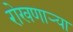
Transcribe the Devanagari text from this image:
रोखणाऱ्या